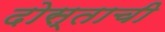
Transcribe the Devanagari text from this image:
दोस्ताची